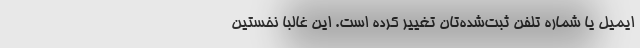
ایمیل یا شماره تلفن ثبت‌شده‌تان تغییر کرده است. این غالباٌ نخستین